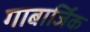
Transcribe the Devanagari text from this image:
गाबार्जिक